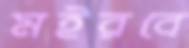
মইরবে